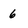
Character: 6